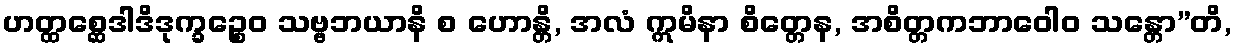
ဟတ္ထစ္ဆေဒါဒိဒုက္ခဉ္စေဝ သဗ္ဗဘယာနိ စ ဟောန္တိ, အလံ ဣမိနာ စိတ္တေန, အစိတ္တကဘာဝေါဝ သန္တော”တိ,